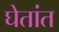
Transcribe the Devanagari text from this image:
घेतांत